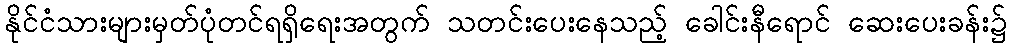
နိုင်ငံသားများမှတ်ပုံတင်ရရှိရေးအတွက် သတင်းပေးနေသည့် ခေါင်းနီရောင် ဆေးပေးခန်း၌